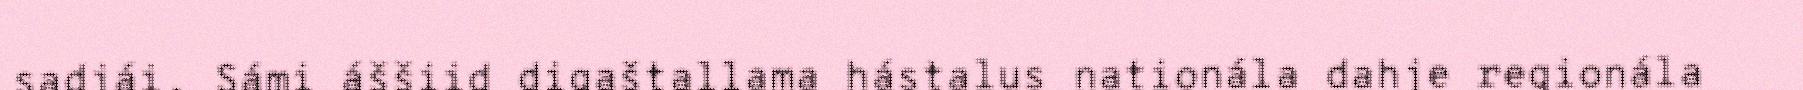
sadjái. Sámi áššiid digaštallama hástalus nationála dahje regionála